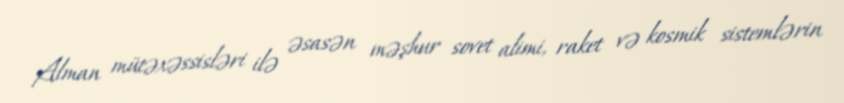
Alman mütəxəssisləri ilə əsasən məşhur sovet alimi, raket və kosmik sistemlərin